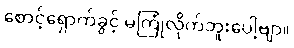
စောင့်ရှောက်ခွင့် မကြုံလိုက်ဘူးပေါ့ဗျာ။